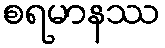
စရမာနဿ